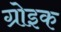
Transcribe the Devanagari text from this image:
ग्रोइक